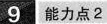
9 能力点2